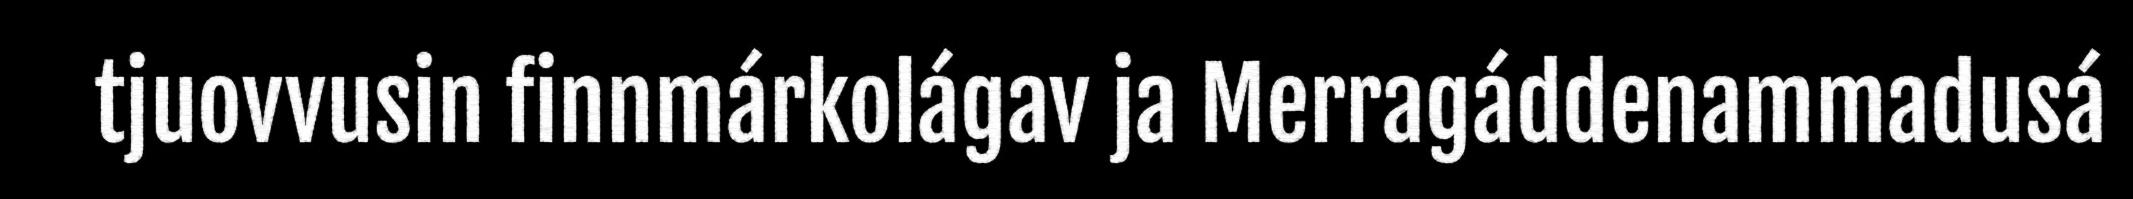
tjuovvusin finnmárkolágav ja Merragáddenammadusá